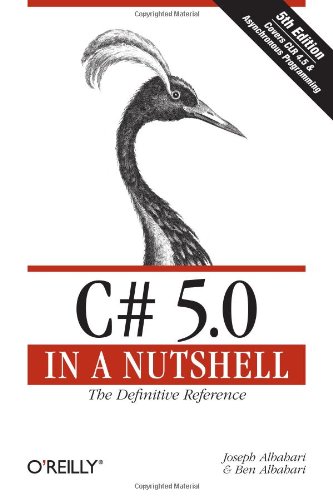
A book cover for C# 5.0 in a Nutshell: The Definitive Reference; Joseph Albahari; Computers & Technology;